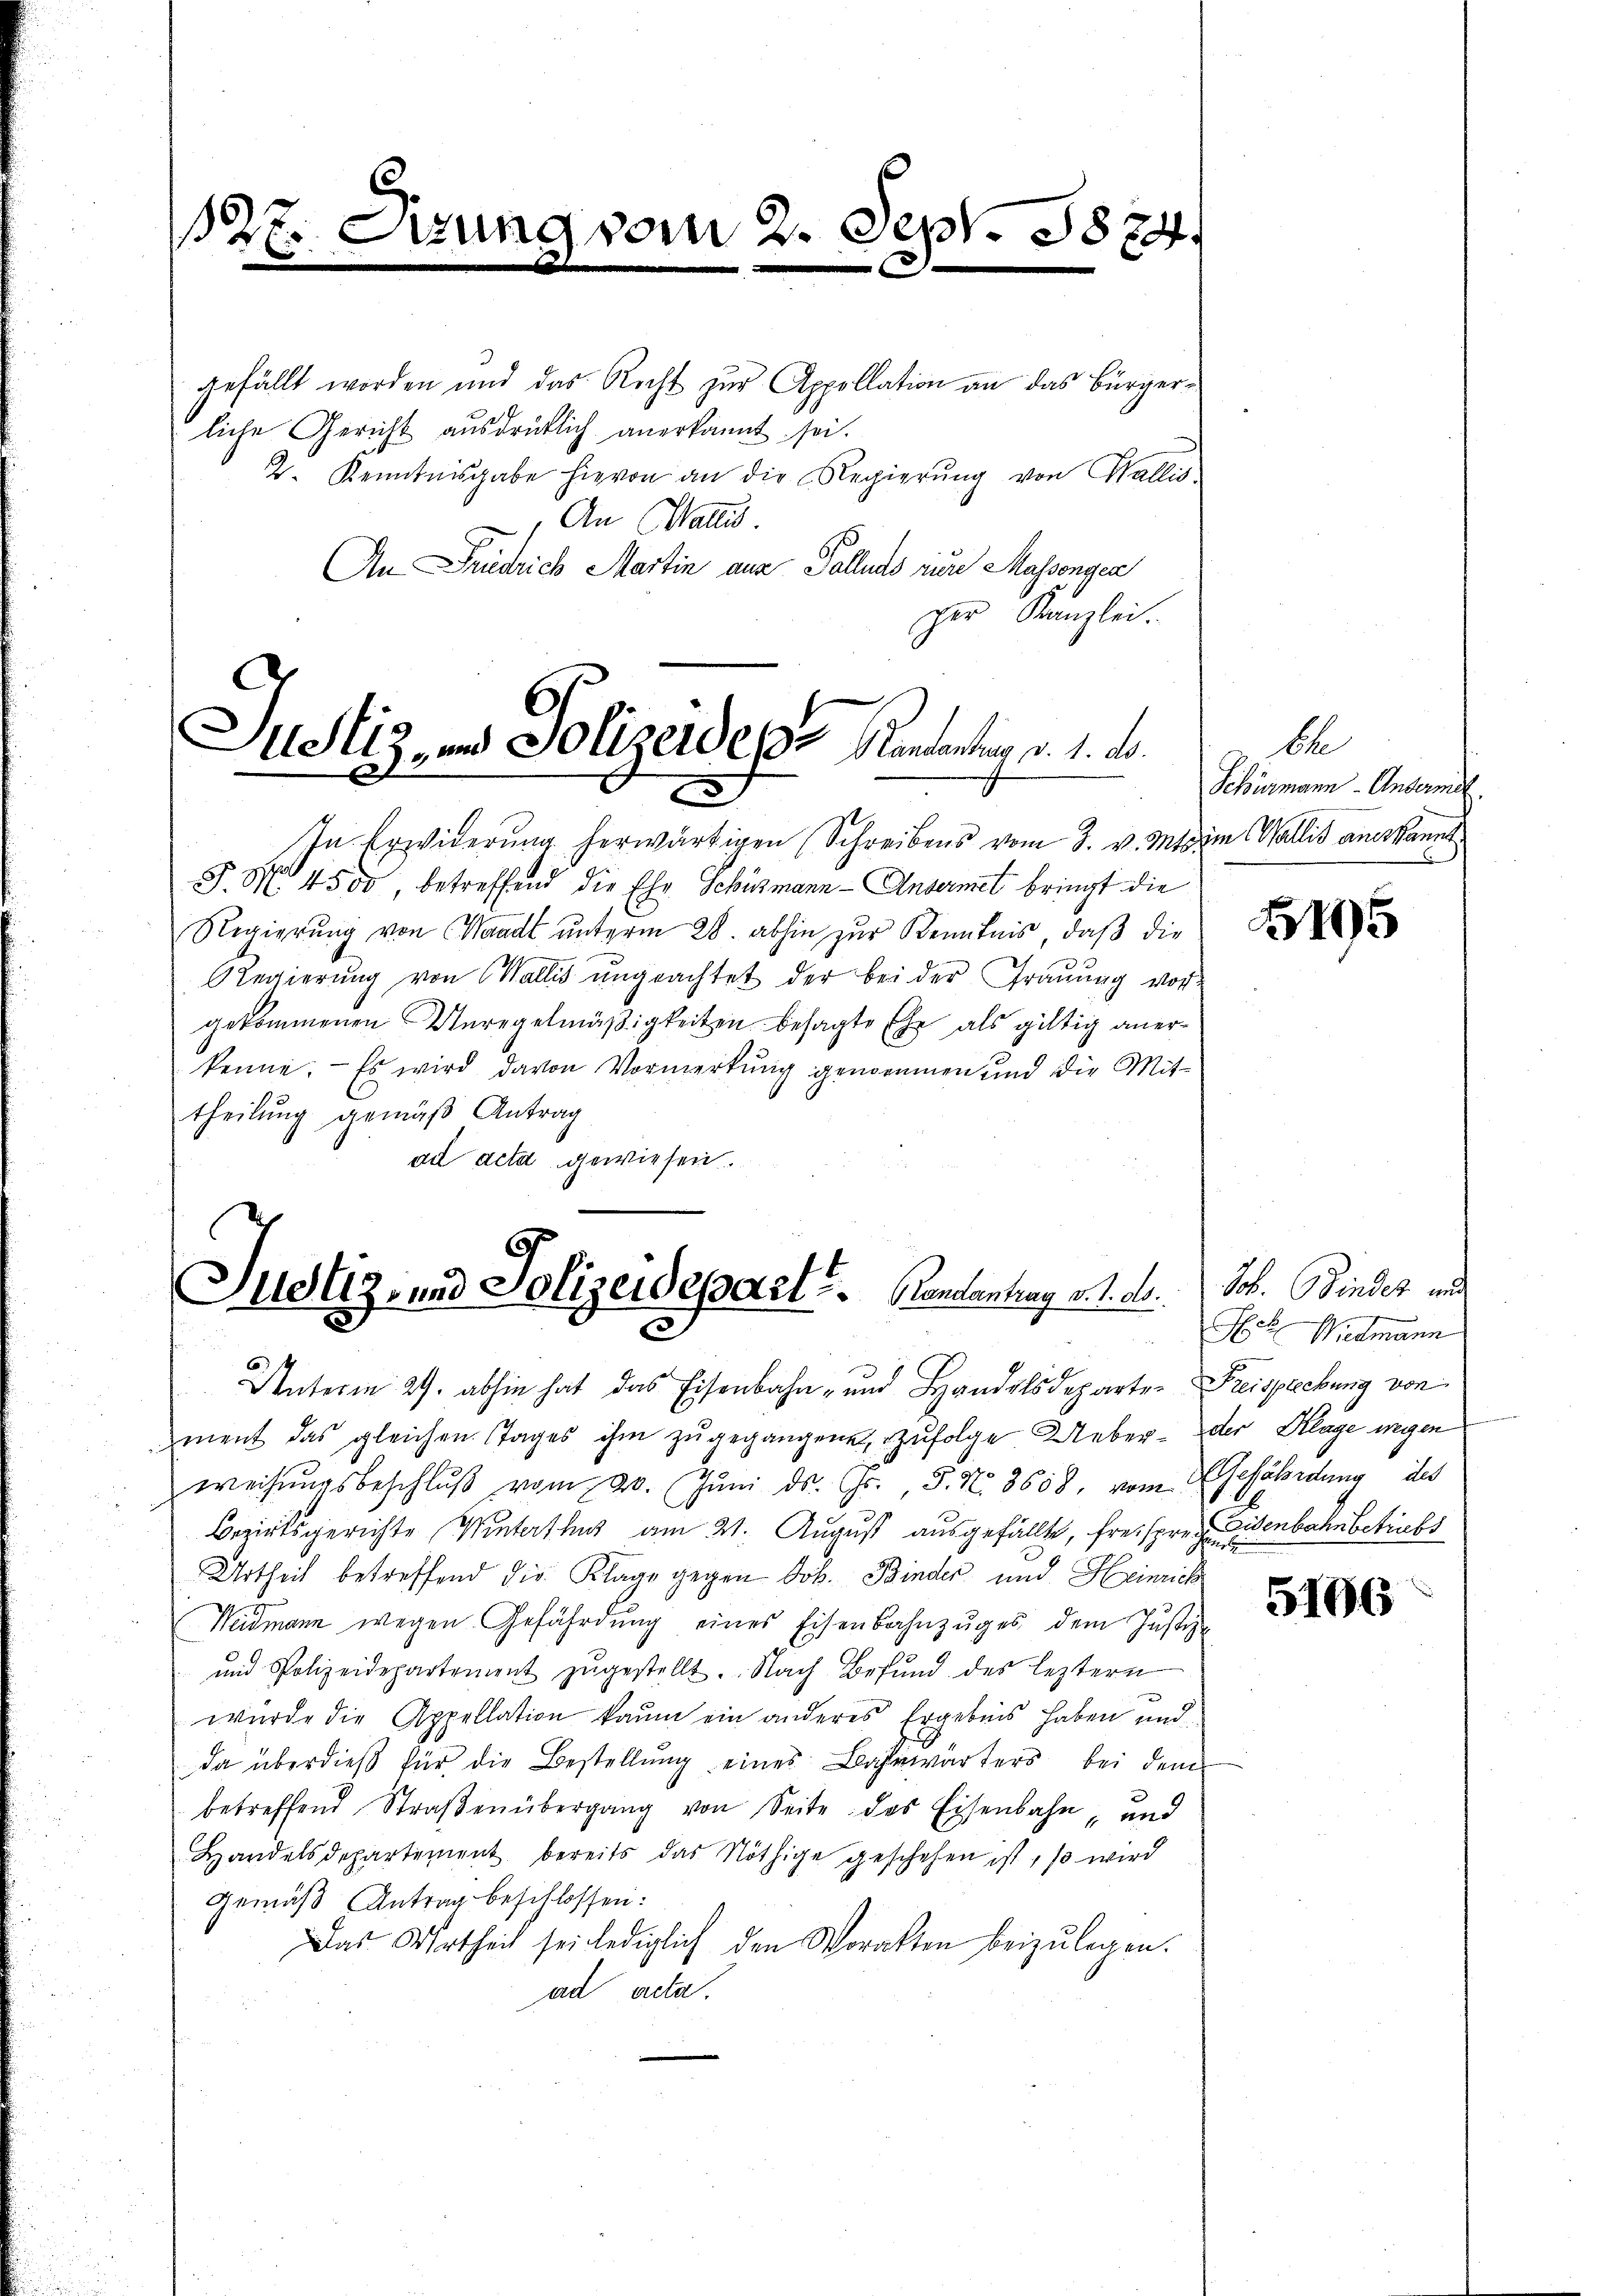
12 x

s

ture

gefällt worden und das Recht zur Appellation an das Bürgerliche Gericht ausdrücklich anerkannt sei.
2. Kenntnisgabe hievon an die Regierŭng von Wallis
) An Wallis.
An Friedrich Martin aus Palluds zure Massengen
per Kanzlei.
In Erwiderung herwärtigen Schreibens vom 3. v. Mts im Wallis an kannt
P. M. 4500, betreffend die Ehe Schusmann - Andermet bringt die
Regierung von Waadt unterm 28. abhin zur Kenntnis, daß die
Regierung von Wallis ungeachtet der bei der Trauung vor-
gekommenen Anregelmäßigkeiten besagte Ehe als giltig anerkenne. Es wird davon Vormerkung genommen und die Mittheilung gemäß Antrag
ad acta gewiesen.

Justiz, und Polizeides Rentantung d. 1. ds.
.

vom 2. Sept. 1874.

F
Justiz- und Polizeidepart u. Gendantrag v. 1. ds.
3

Unterm 24. abhin hat das Eisenbahn- und Handelsdeparten Freisprechung von
ment das gleichen Tages ihm zŭgegangenen zufolge Ueber- oder Klage wegen
weisŭngsbeschlŭβ vom 20. Jŭni ds. Fr., S. N. 3658, vom Gefährdung des
Bezirksgerichte Winterthur am 21. August ausgefällte, freispreisenbahnbetriebs
Urtheil betreffend die Klage gegen Job. Binder und Heinrich
Weidmann wegen Gefährdŭng eines Eisenbahnzŭges dem Justiz-
und Polizeidepartement zugestellt. Nach Befund des leztern
wurde die Appellation kaum ein anderes Ergebnis haben und
da überdieß für die Bestellung eines Bahnwärters bei dem
betreffend Straβenübergang von Seite des Eisenbahn, und
Handelsdepartement bereits das Nöthige geschehen ist, so wird
Gemäß Antrag beschlossen:
Das Urtheil sei lediglich den Worakten beizulegen.
ad acta.

bl
Schörmann - Andermet.

5195

Job. Bindet und
Hch. Wiedmann

5106